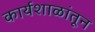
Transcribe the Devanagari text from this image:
कार्यशाळांतून